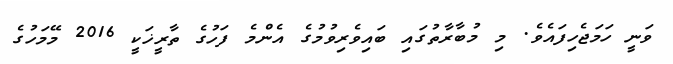
ވަނީ ހަމަޖެހިފައެވެ. މި މުބާރާތުގައި ބައިވެރިވުމުގެ އެންމެ ފަހުގެ ތާރީޚަކީ 2016 މޭމަހުގެ